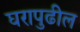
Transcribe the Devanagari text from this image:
घरापुढील